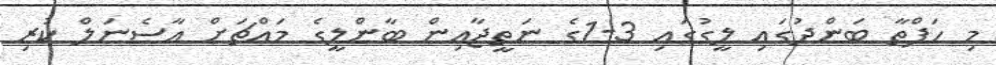
މި ހަފްތާ ބަންދުގައި ލީގުގައި 3-1ގެ ނަތީޖާއިން ބާންލީގެ މައްޗަށް އާސެނަލް ކުރި